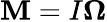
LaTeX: {\mathbf M}=I{\boldsymbol\Omega}